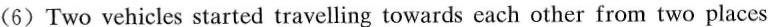
(6) Two vehicles started travelling towards each other from two places